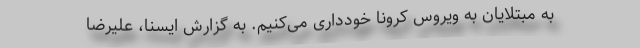
به مبتلایان به ویروس کرونا خودداری می‌کنیم. به گزارش ایسنا، علیرضا